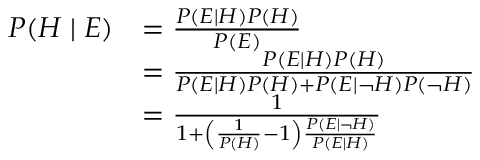
{ \begin{array} { r l } { P ( H \mid E ) } & { = { \frac { P ( E \mid H ) P ( H ) } { P ( E ) } } } \\ & { = { \frac { P ( E \mid H ) P ( H ) } { P ( E \mid H ) P ( H ) + P ( E \mid \neg H ) P ( \neg H ) } } } \\ & { = { \frac { 1 } { 1 + \left( { \frac { 1 } { P ( H ) } } - 1 \right) { \frac { P ( E \mid \neg H ) } { P ( E \mid H ) } } } } } \end{array} }